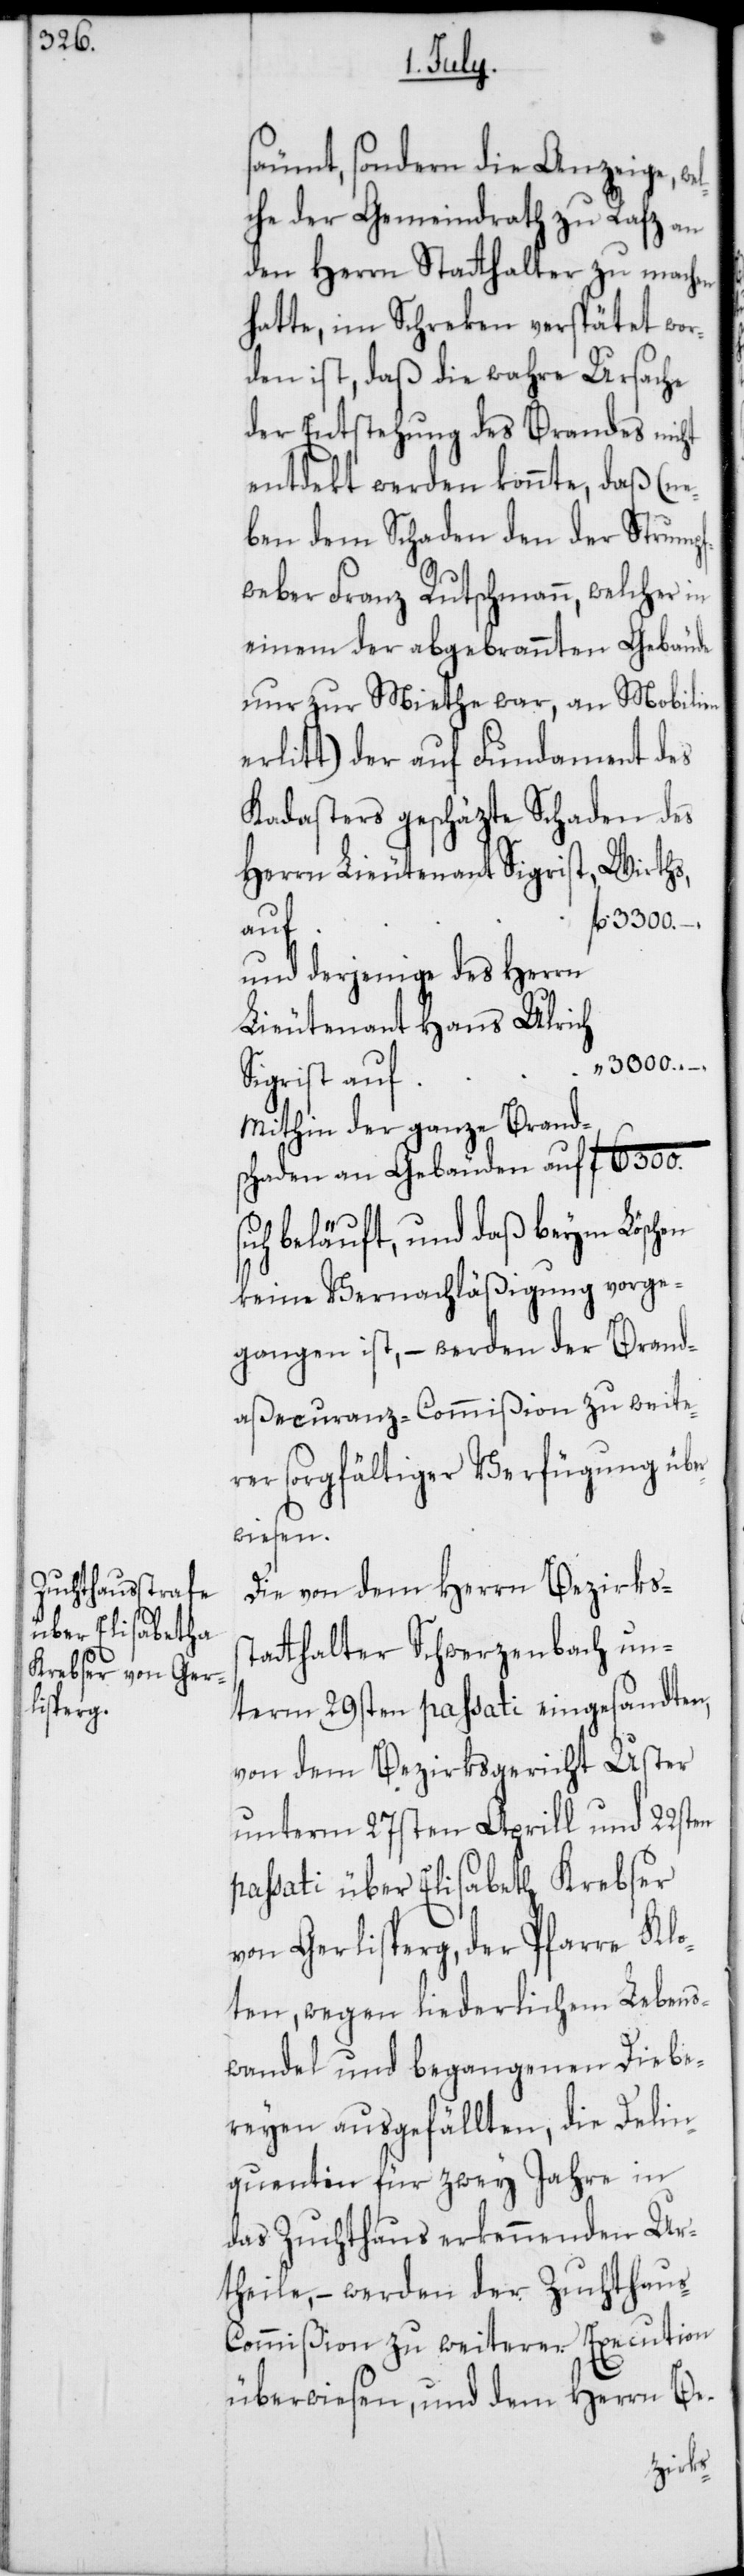
säumt, sondern die Anzeige, we¬
lche der Gemeindrath zu Rafz an
den Herrn Stathalter zu machen
hatte, im Schreken verspätet wor¬
den ist, daß die wahre Ursache
der Entstehung des Brandes nicht
entdekt werden konnte, daß (ne¬
ben dem Schaden den der Strumpf¬
weber Franz Rutschmann, welcher in
einem der abgebrannten Gebäude
nur zur Miethe war, an Mobilien
erlitt) der auf Fundament des
Kadasters geschäzte Schaden des
Wirths,
Herrn Lieutenant Sigri¬
3300.
auf
und derjenige des Herrn
Lieutenant Hans Ulrich
3000. –.
s¬
Sigrist auf
mithin der ganze Brand¬
schaden an Gebäuden auf 	fl. 6300.
ich beläuft, und daß beym Löschen
keine Vernachläßigung vorge¬
gangen ist, – werden der Brand¬
aßecuranz-Commißion zu weite¬
rer sorgfältiger Verfügung übe¬
rwiesen.
Die von dem Herren Bezirkss¬
tatthalter Schwerzenbach un¬
term 29sten passati eingesandten,
von dem Bezirksgericht Uster
unterm 27sten Aprill und 22sten
passati über Elisabeth Krebser
von Gerlisperg, der Pfarre Klo¬
ten, wegen liederlichem Lebens¬
wandel und begangenen Diebe¬
reyen ausgefällten, die Delin¬
quentin für zwey Jahre in
das Zuchthaus erkennenden Ur¬
theile, – werden der Zuchthau¬
s-Commißion zu weiterer Execution
überwiesen, und dem Herrn Be-